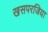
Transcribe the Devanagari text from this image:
खसपरजिया